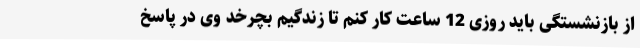
از بازنشستگی باید روزی 12 ساعت کار کنم تا زندگیم بچرخد وی در پاسخ